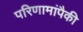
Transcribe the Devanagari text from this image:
परिणामांपैकी